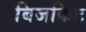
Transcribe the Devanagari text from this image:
बिजकिट